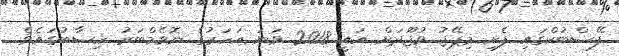
ފޭސްބުކްގައި ފެށި މިޕޭޖު ވުޖޫދަށް އައީ 2018 ވަނަ އަހަރުގެ ނޮވެމްބަރު ހިސާބުގައެވެ.